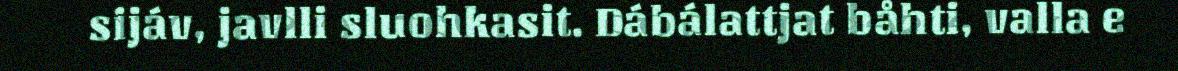
sijáv, javlli sluohkasit. Dábálattjat båhti, valla e